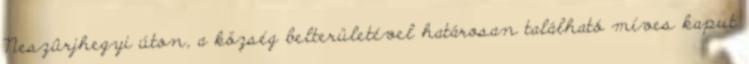
Neszûrjhegyi úton, a község belterületével határosan található míves kaput